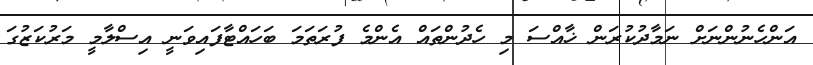
އަންހެނުންނަށް ނަމާދުކުރަން ޚާއްސަ މި ހެދުންތައް އެންމެ ފުރަތަމަ ބަހައްޓާފައިވަނީ އިސްލާމީ މަރުކަޒުގަ